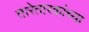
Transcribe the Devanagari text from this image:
तारेतारकांच्या